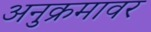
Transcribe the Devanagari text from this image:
अनुक्रमावर